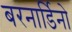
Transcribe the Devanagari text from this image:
बरनार्डिनो